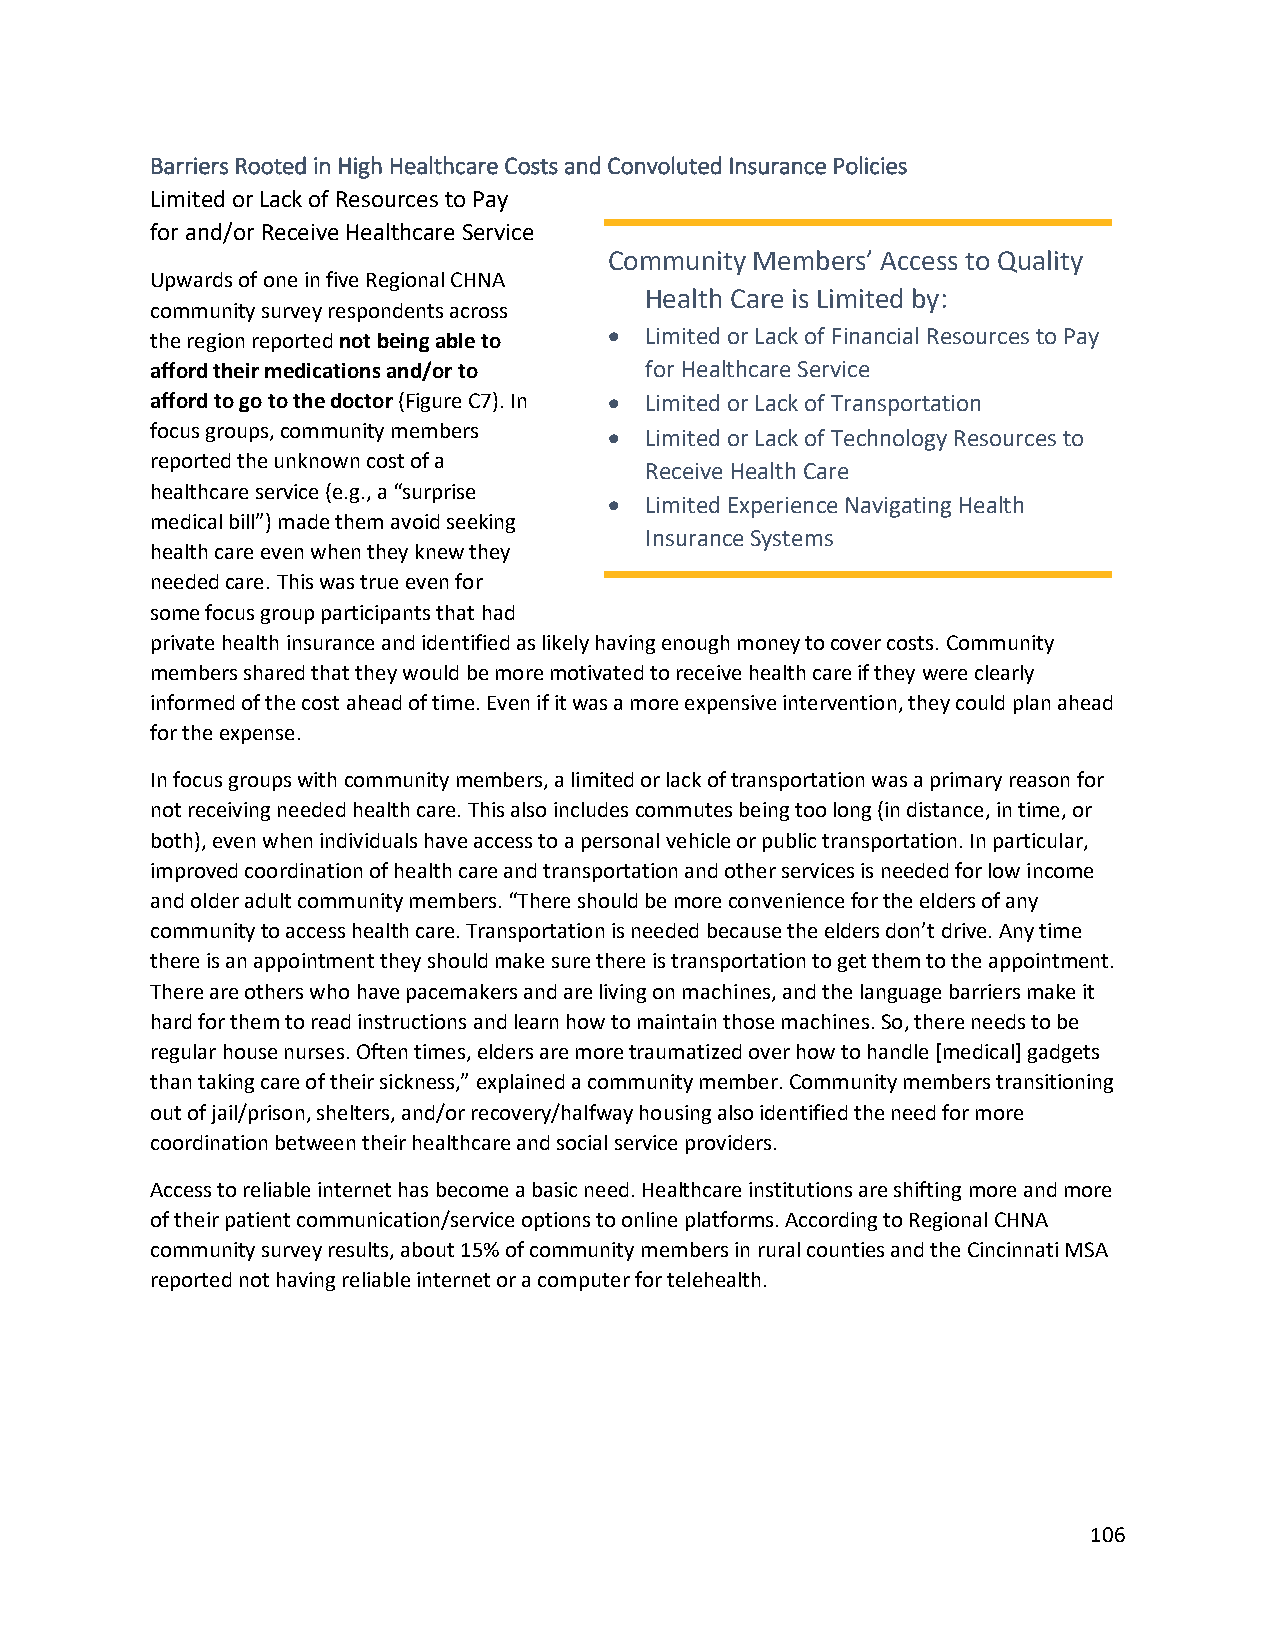
Barriers Rooted in High Healthcare Costs and Convoluted Insurance Policies
 Limited or Lack of Resources to Pay
 for and/or Receive Healthcare Service
 Community Members’ Access to Quality
 Upwards of one in five Regional CHNA
 Health Care is Limited by:
 community survey respondents across
 the region reported not being able to • Limited or Lack of Financial Resources to Pay
 afford their medications and/or to for Healthcare Service
 afford to go to the doctor (Figure C7). In • Limited or Lack of Transportation
 focus groups, community members • Limited or Lack of Technology Resources to
 reported the unknown cost of a
 Receive Health Care
 healthcare service (e.g., a “surprise
 •  Limited Experience Navigating Health
 medical bill”) made them avoid seeking
 Insurance Systems
 health care even when they knew they
 needed care. This was true even for
 some focus group participants that had
 private health insurance and identified as likely having enough money to cover costs. Community
 members shared that they would be more motivated to receive health care if they were clearly
 informed of the cost ahead of time. Even if it was a more expensive intervention, they could plan ahead
 for the expense.
 In focus groups with community members, a limited or lack of transportation was a primary reason for
 not receiving needed health care. This also includes commutes being too long (in distance, in time, or
 both), even when individuals have access to a personal vehicle or public transportation. In particular,
 improved coordination of health care and transportation and other services is needed for low income
 and older adult community members. “There should be more convenience for the elders of any
 community to access health care. Transportation is needed because the elders don’t drive. Any time
 there is an appointment they should make sure there is transportation to get them to the appointment.
 There are others who have pacemakers and are living on machines, and the language barriers make it
 hard for them to read instructions and learn how to maintain those machines. So, there needs to be
 regular house nurses. Often times, elders are more traumatized over how to handle [medical] gadgets
 than taking care of their sickness,” explained a community member. Community members transitioning
 out of jail/prison, shelters, and/or recovery/halfway housing also identified the need for more
 coordination between their healthcare and social service providers.
 Access to reliable internet has become a basic need. Healthcare institutions are shifting more and more
 of their patient communication/service options to online platforms. According to Regional CHNA
 community survey results, about 15% of community members in rural counties and the Cincinnati MSA
 reported not having reliable internet or a computer for telehealth.
 106